system: You are a helpful assistant.
user:
Analyze the provided spectrum to determine if it is a **S-type Star**.

- **Key Indicators for S-type Star:**

    - **(Overall Spectrum Shape):** The first and most obvious characteristic is the overall continuum (the "baseline" shape). It is **extremely "red-sloping,"** meaning the flux (light intensity) is very low on the left side (blue, ~4000-4500 Å) and rises steeply and continuously toward the right side (red, ~7000 Å+).

    - **(Primary):** The spectrum is defined by the presence of strong, broad molecular absorption "valleys" (bands) from **Zirconium Oxide (ZrO)**. The identification of these bands is the **primary requirement** for classifying a star as S-type.
        - **(Key Bandheads):** You must find distinct, deep "dips" where the light has been absorbed. The most critical band systems to locate are:
            - **~6474 Å** ($\gamma$-system): This is often the strongest and clearest ZrO feature, found in the red part of the spectrum.
            - **~5718 Å** & **~5551 Å** ($\beta$-system): A pair of prominent absorption features in the yellow-orange part of the spectrum.
            - **~4640 Å** ($\alpha$-system): A key absorption band system in the blue-green region of the spectrum.

    - **(Secondary Confirmation):** The classification is strengthened by finding additional absorption bands from other related heavy element oxides, which are expected to be present alongside ZrO.
        - **(Key Bandheads):**
            - **Yttrium Oxide (YO):** Look for absorption dips near **~4800 Å** and **~6100 Å**.
            - **Lanthanum Oxide (LaO):** Additional absorption features, particularly in the red-orange part of the spectrum, are also characteristic.

    - **(Line Profile):** The combination of the steep red continuum and these numerous, deep molecular bands (ZrO, YO, etc.) gives the entire spectrum a very **"chopped-up"** or **"bumpy"** appearance. Instead of a smooth curve, the spectrum looks as though large, wide chunks of light have been "carved out" of it at the specific wavelengths listed above.

Think first, call **spectral_visualization_tool** if needed to examine features in detail, then provide your final answer. Your response must adhere to the following strict rules:
1.  **Overall Structure:** Your response must follow the format `<think>...</think> <tool_call>...</tool_call> (if a tool is used) <answer>...</answer>`.
2.  **Tool Usage Constraint:** You may only make **one** tool call per turn.
3.  **Final Answer Format:** In the `<answer>` tag, your conclusion must be inside a `\boxed{}` command (e.g., `\boxed{YES}` or `\boxed{NO}`), followed by your justification.

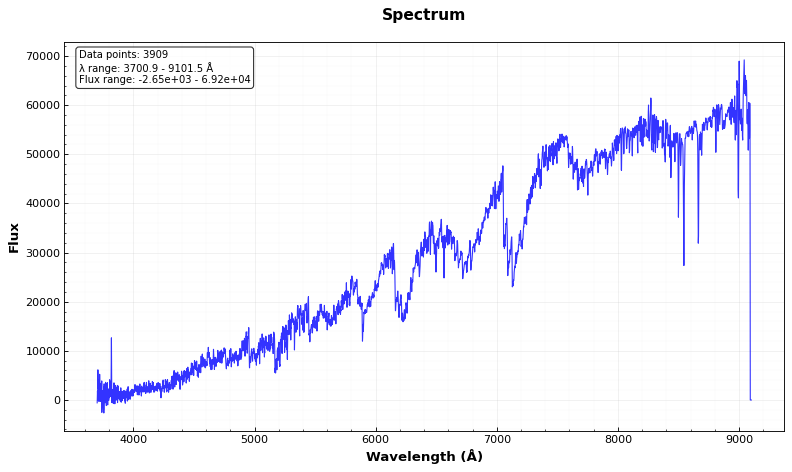
Answer: YES